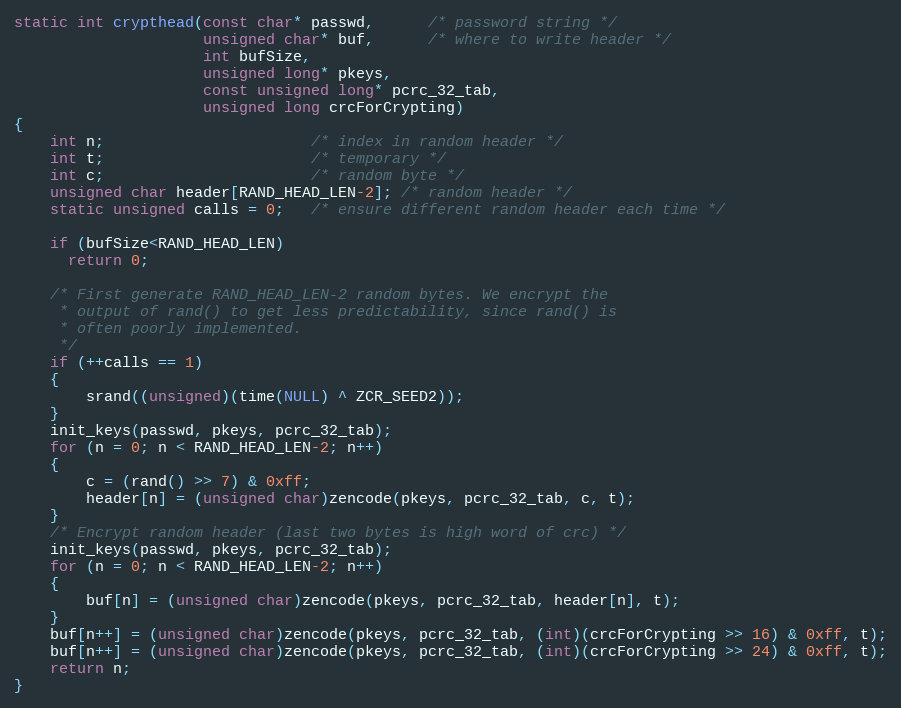
Language: C
static int crypthead(const char* passwd,      /* password string */
                     unsigned char* buf,      /* where to write header */
                     int bufSize,
                     unsigned long* pkeys,
                     const unsigned long* pcrc_32_tab,
                     unsigned long crcForCrypting)
{
    int n;                       /* index in random header */
    int t;                       /* temporary */
    int c;                       /* random byte */
    unsigned char header[RAND_HEAD_LEN-2]; /* random header */
    static unsigned calls = 0;   /* ensure different random header each time */

    if (bufSize<RAND_HEAD_LEN)
      return 0;

    /* First generate RAND_HEAD_LEN-2 random bytes. We encrypt the
     * output of rand() to get less predictability, since rand() is
     * often poorly implemented.
     */
    if (++calls == 1)
    {
        srand((unsigned)(time(NULL) ^ ZCR_SEED2));
    }
    init_keys(passwd, pkeys, pcrc_32_tab);
    for (n = 0; n < RAND_HEAD_LEN-2; n++)
    {
        c = (rand() >> 7) & 0xff;
        header[n] = (unsigned char)zencode(pkeys, pcrc_32_tab, c, t);
    }
    /* Encrypt random header (last two bytes is high word of crc) */
    init_keys(passwd, pkeys, pcrc_32_tab);
    for (n = 0; n < RAND_HEAD_LEN-2; n++)
    {
        buf[n] = (unsigned char)zencode(pkeys, pcrc_32_tab, header[n], t);
    }
    buf[n++] = (unsigned char)zencode(pkeys, pcrc_32_tab, (int)(crcForCrypting >> 16) & 0xff, t);
    buf[n++] = (unsigned char)zencode(pkeys, pcrc_32_tab, (int)(crcForCrypting >> 24) & 0xff, t);
    return n;
}